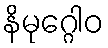
နိမုဂ္ဂေါဝ